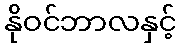
နိုဝင်ဘာလနှင့်